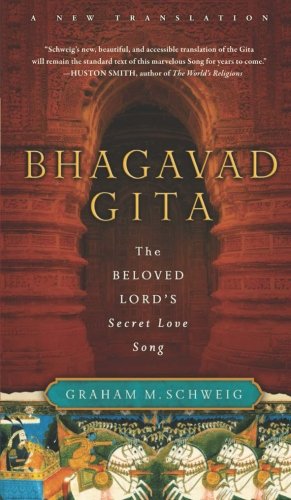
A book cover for Bhagavad Gita: The Beloved Lord's Secret Love Song; Graham M. Schweig; Religion & Spirituality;